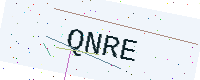
Text: QNRE